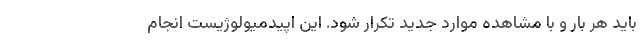
باید هر بار و با مشاهده موارد جدید تکرار شود. این اپیدمیولوژیست انجام